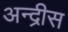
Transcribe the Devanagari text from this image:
अन्द्रीस